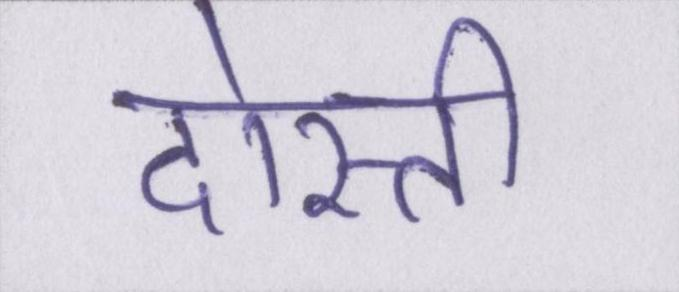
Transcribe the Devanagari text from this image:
दोस्ती